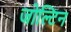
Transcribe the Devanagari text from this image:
जोल्टिन